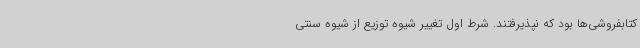
کتابفروشی‌ها بود که نپذیرفتند. شرط اول تغییر شیوه توزیع از شیوه سنتی